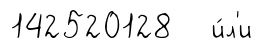
142520128 и́л'и